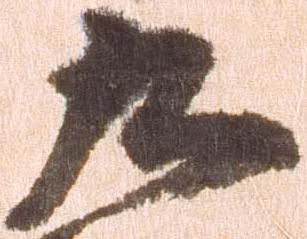
九